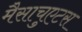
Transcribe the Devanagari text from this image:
मैसाचुएटस